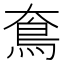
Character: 𩾪